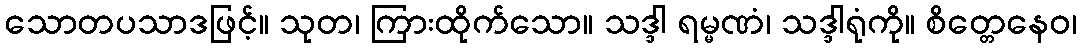
သောတပသာဒဖြင့်။ သုတ၊ ကြားထိုက်သော။ သဒ္ဒါ ရမ္မဏံ၊ သဒ္ဒါရုံကို။ စိတ္တေနေဝ၊